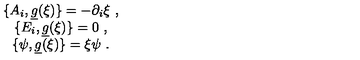
\begin{array} { c } { \{ A _ { i } , \underline { { g } } ( \xi ) \} = - \partial _ { i } \xi \ , } \\ { \{ E _ { i } , \underline { { g } } ( \xi ) \} = 0 \ , } \\ { \{ \psi , \underline { { g } } ( \xi ) \} = \xi \psi \ . } \\ \end{array}